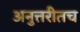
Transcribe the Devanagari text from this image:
अनुत्तरीतच